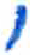
אות: י